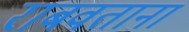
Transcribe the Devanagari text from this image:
राबवताना